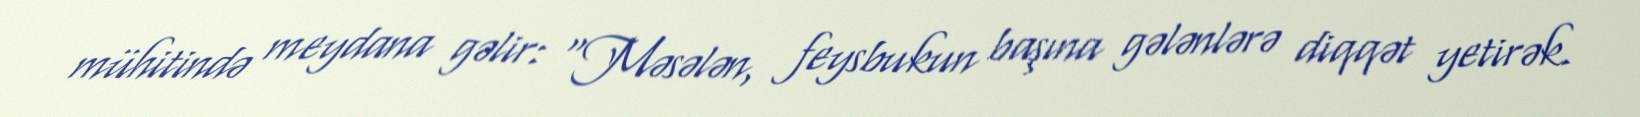
mühitində meydana gəlir: “Məsələn, feysbukun başına gələnlərə diqqət yetirək.